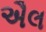
ઐલ